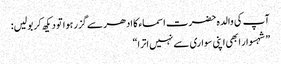
آپ کی والدہ حضرت اسماء کا ادھر سے گزر ہوا تو دیکھ کر بولیں:
”شہسوار ابھی اپنی سواری سے نہیں اترا“